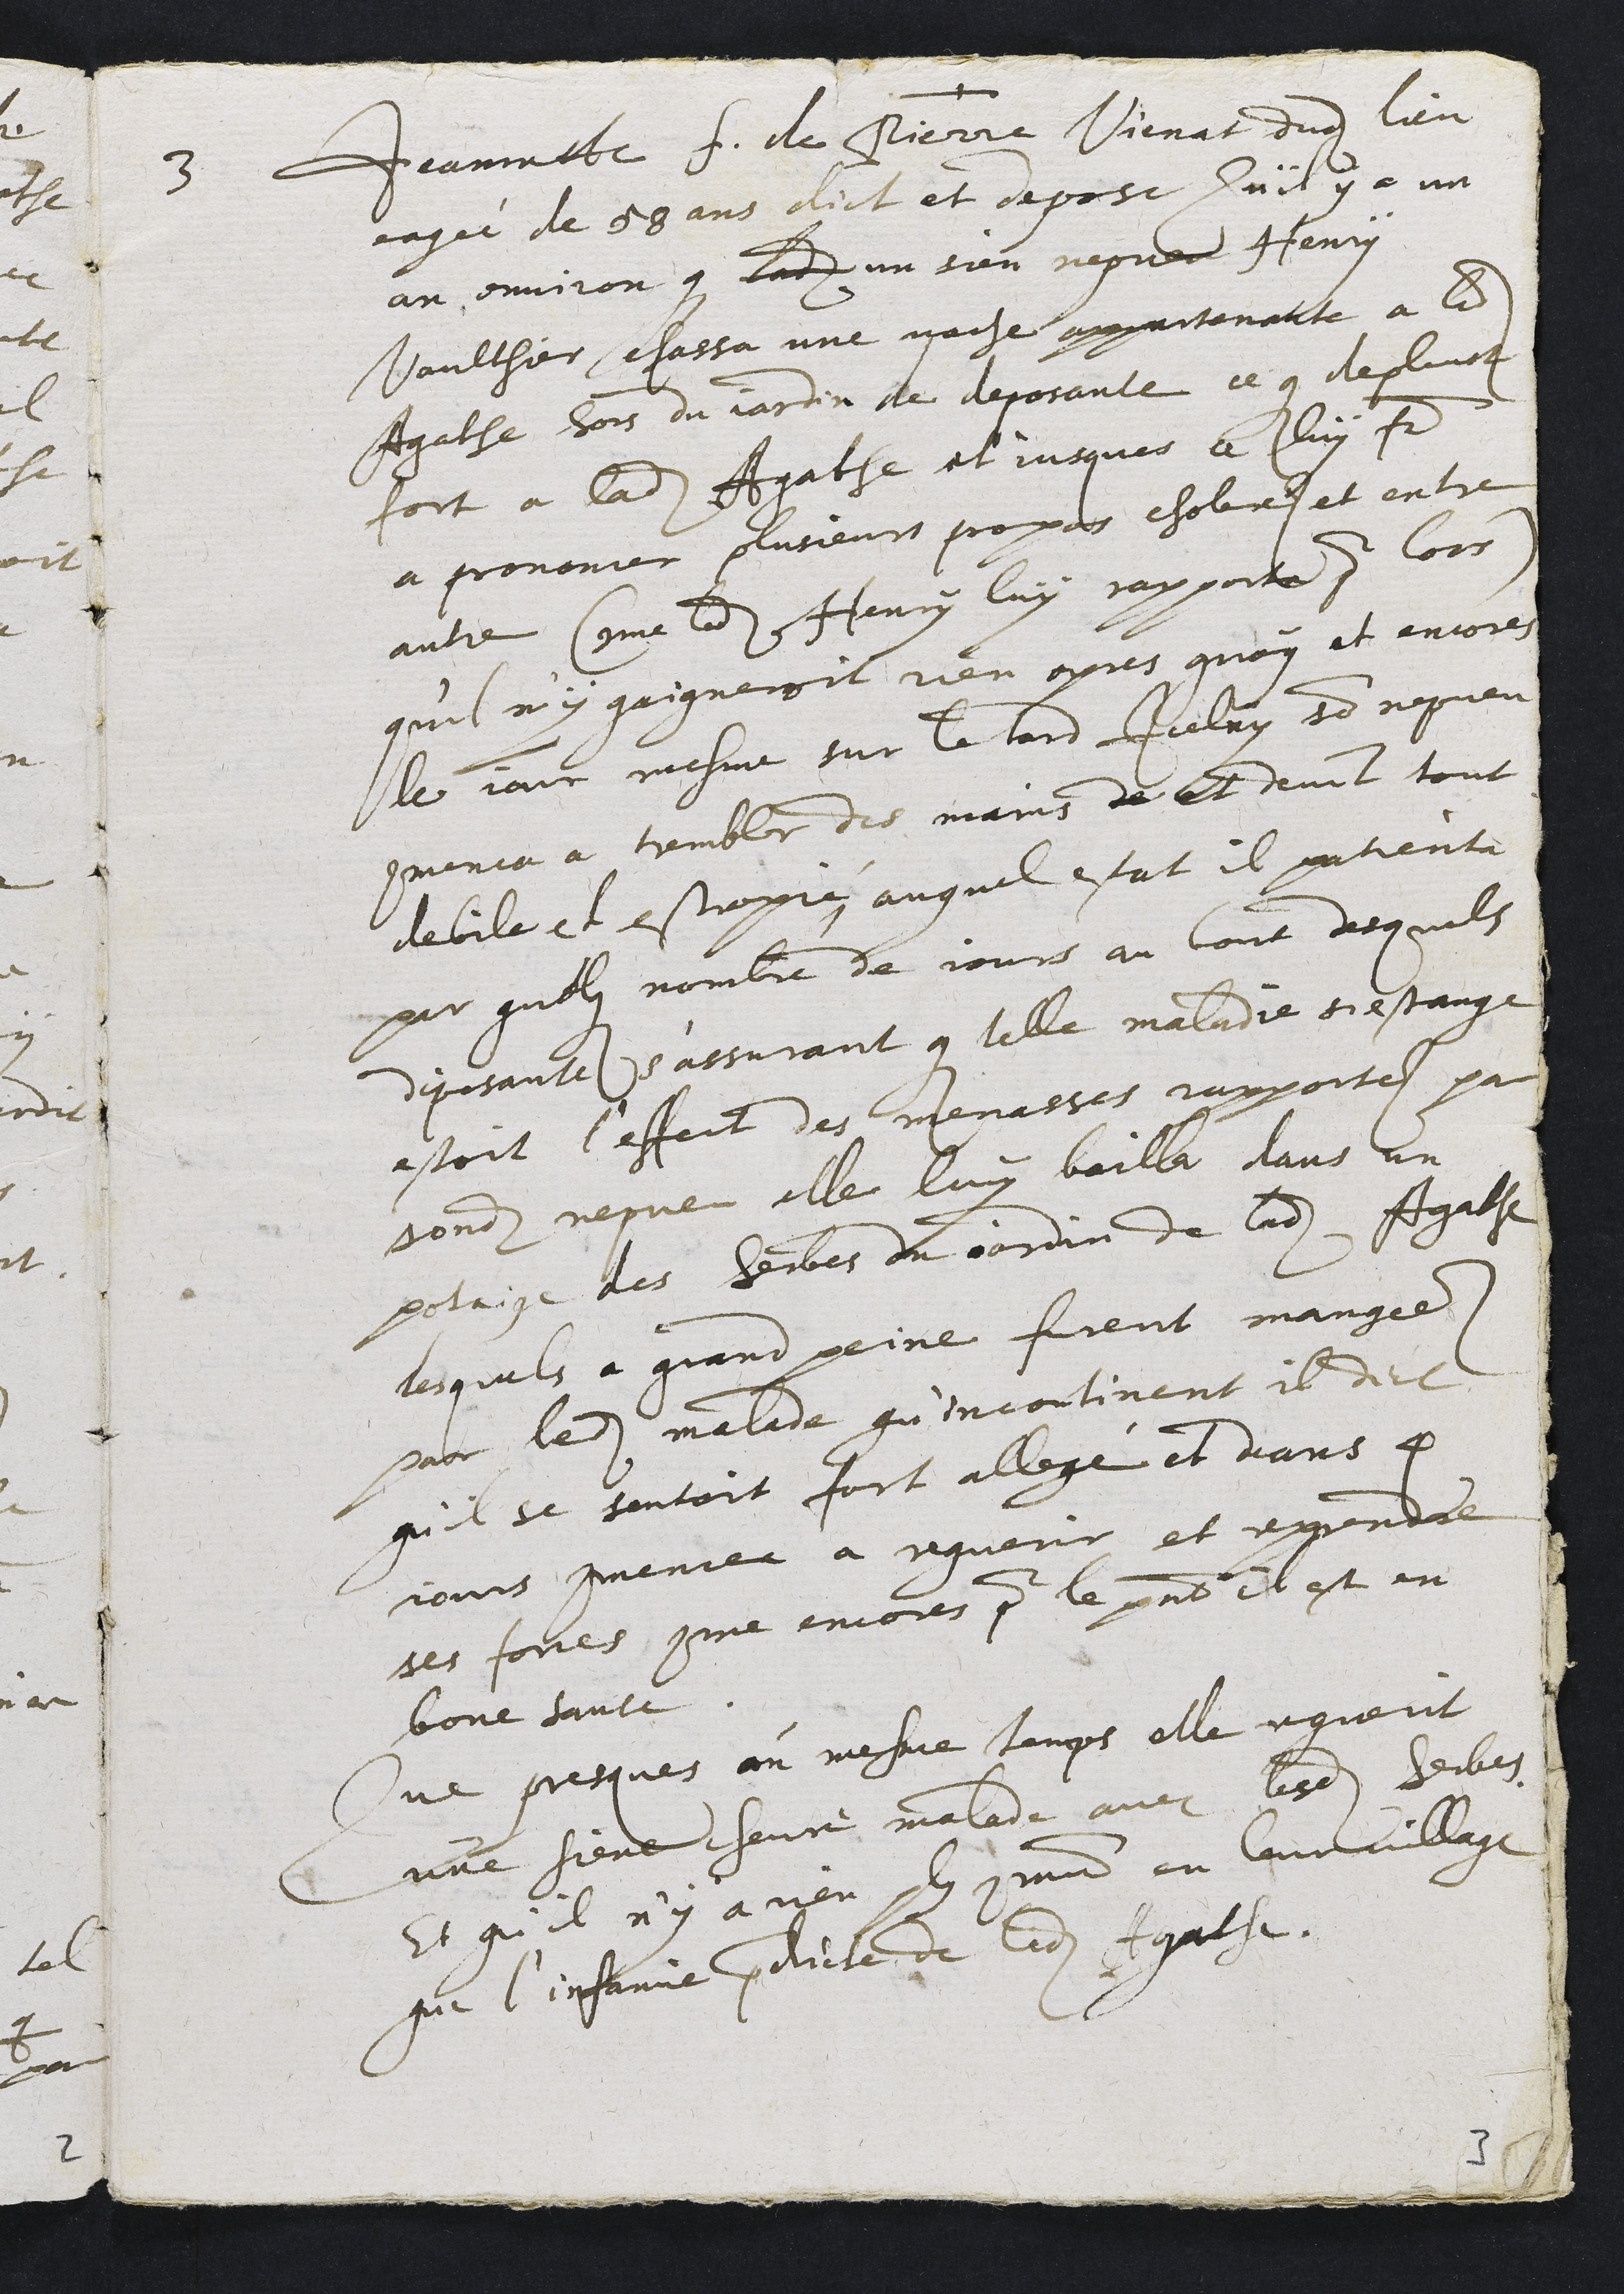
3 Jeannete f. de Pierre Vienat dudit lieu
eagée de 58 ans dict et depose Quil y a un
an environ que ladite un sien nepveu Henry
Vaulthier chassa une vache appartenante a ladite
Agathe hors du jardin de deposante ce que deplust
fort a ladite Agathe et jusques a luy faire
a prononcer plusieurs propos cholere et entre
autre (comme ledit Henry luy rapporta pour lors)
qu'il n'y gaigneroit rien apres quoy et encores
le jour mesme sur le tard Iceluy son nepveu
commenca a trembler des mains de et devint tout
debile et estropié, auquel estat il patienta
par quelque nombre de jours au bout desquels
deposante s'assurant que telle maladie si estrange
estoit l'effect des menasses rapportes par
sondit nepveu elle luy bailla dans un
potaige des herbes du jardin de ladite Agathe
lesquels a grand peine furent mangees
par ledit malade qu'incontinent il dict
qu'il se sentoit fort allegé et deans 4
jours commencea a reguerir et reprendre
ses forces comme encores pour le present il est en
bone sante.
Que presques au mesme temps elle reguerit
une siene chevre malade avec lesdites herbes.
Et qu'il n'y a rien plus commun en leur village
que l'infamie predicte de ladite Agathe.